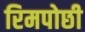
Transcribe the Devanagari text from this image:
रिमपोछी